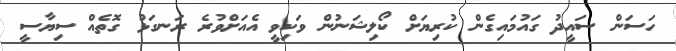
ހަސަން ސައީދު ގައުމައިގެން ކުރިޔަށް ކޯލިޝަނުން ވަކިވީ އެއަށްވުރެ ރަނގަޅު ގޮތެއް ސިޔާސީ